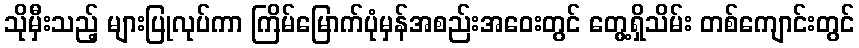
သိုမှီးသည့် များပြုလုပ်ကာ ကြိမ်မြောက်ပုံမှန်အစည်းအဝေးတွင် တွေ့ရှိသိမ်း တစ်ကျောင်းတွင်